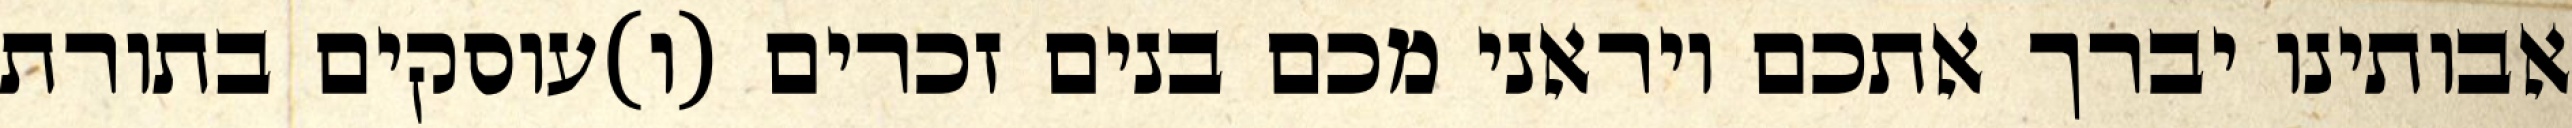
אבותינו יברך אתכם ויראני מכם בנים זכרים (ו)עוסקים בתורת